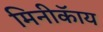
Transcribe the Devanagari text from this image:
मिनीकॅाय